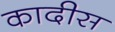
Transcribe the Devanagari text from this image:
कादीस